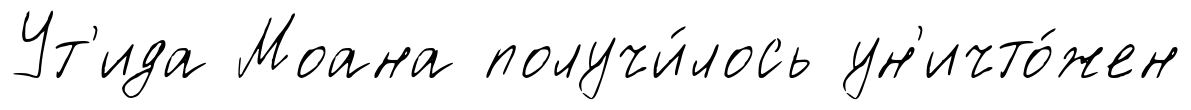
Ут'ида Моана получи́лось ун'ичто́жен